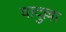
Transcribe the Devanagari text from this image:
वादुल्ला